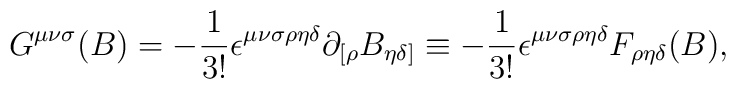
G^{{\mu}{\nu}{\sigma}}(B)=-{\frac{1}{3!}}{\epsilon}^{{\mu}{\nu}{\sigma}{\rho}{\eta}{\delta}}{\partial}_{[{\rho}}B_{{\eta}{\delta}]}\equiv-{\frac{1}{3!}}{\epsilon}^{{\mu}{\nu}{\sigma}{\rho}{\eta}{\delta}}F_{{\rho}{\eta}{\delta}}(B),